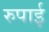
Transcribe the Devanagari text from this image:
रुपाई